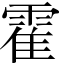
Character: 霍